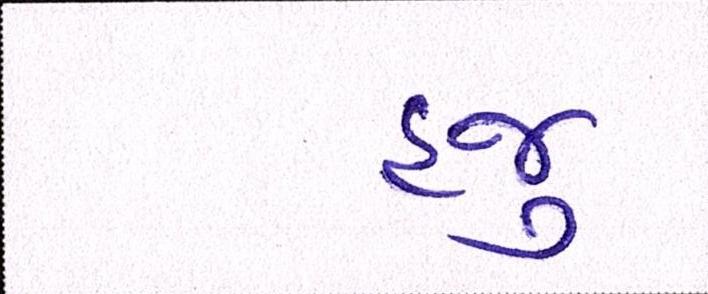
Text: હજુ